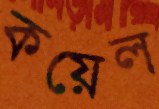
কয়েল